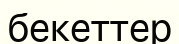
бекеттер